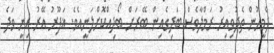
ދެމީހުން ތެދުވިއިރު ރަމްލާވެސް ބަދިގެއިން ބޭރަށް ބޯދިއްކޮށްލަނީއެވެ. ޣަފޫރު އޭރު އިނީ ވަދެ